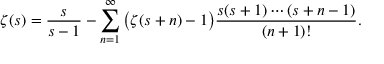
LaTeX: \zeta ( s ) = { \frac { s } { s - 1 } } - \sum _ { n = 1 } ^ { \infty } { \bigl ( } \zeta ( s + n ) - 1 { \bigr ) } { \frac { s ( s + 1 ) \cdots ( s + n - 1 ) } { ( n + 1 ) ! } } .